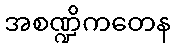
အစဏ္ဍိကတေန